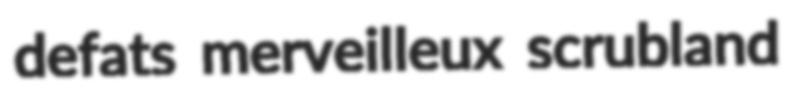
defats merveilleux scrubland